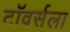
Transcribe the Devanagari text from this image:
टॉवर्सला